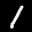
Label: 1